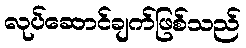
လုပ်ဆောင်ချက်ဖြစ်သည်